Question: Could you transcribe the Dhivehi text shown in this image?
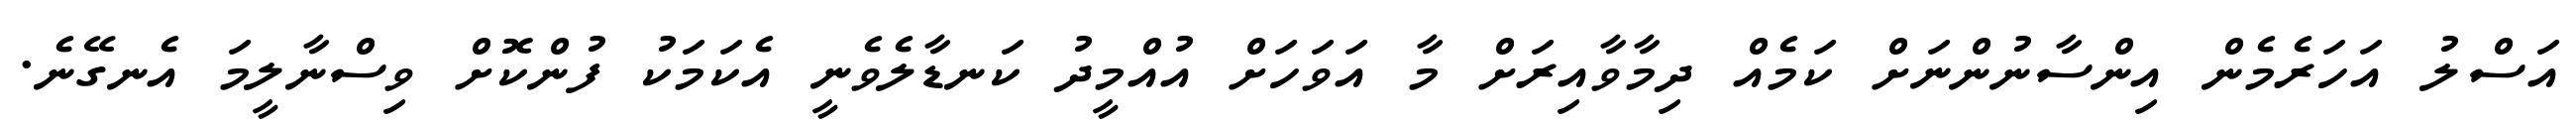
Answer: އަސްލު އަހަރެމެން އިންސާނުންނަށް ކަމެއް ދިމާވާއިރަށް މާ އަވަހަށް އުއްމީދު ކަނޑާލެވެނީ އެކަމަކު ފުންކޮށް ވިސްނާލީމަ އެނގޭނެ.